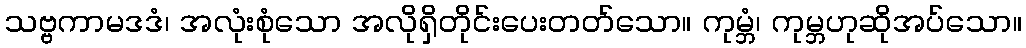
သဗ္ဗကာမဒဒံ၊ အလုံးစုံသော အလိုရှိတိုင်းပေးတတ်သော။ ကုမ္ဘံ၊ ကုမ္ဘဟုဆိုအပ်သော။